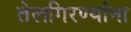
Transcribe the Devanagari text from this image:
तेलगिरण्यांना